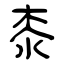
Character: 桼